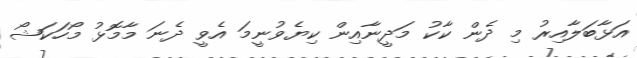
އަޅާބަލާއިރު މި ދެން ކާކު މަދީނާއިން ކިޔެވުނީމަ އެވީ ދެނަ މާމޮޅު މޯހަކަޝޯ